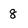
Character: 8